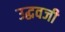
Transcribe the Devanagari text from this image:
उद्धवजी